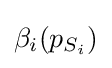
\beta _{i}(p_{S_{i}})